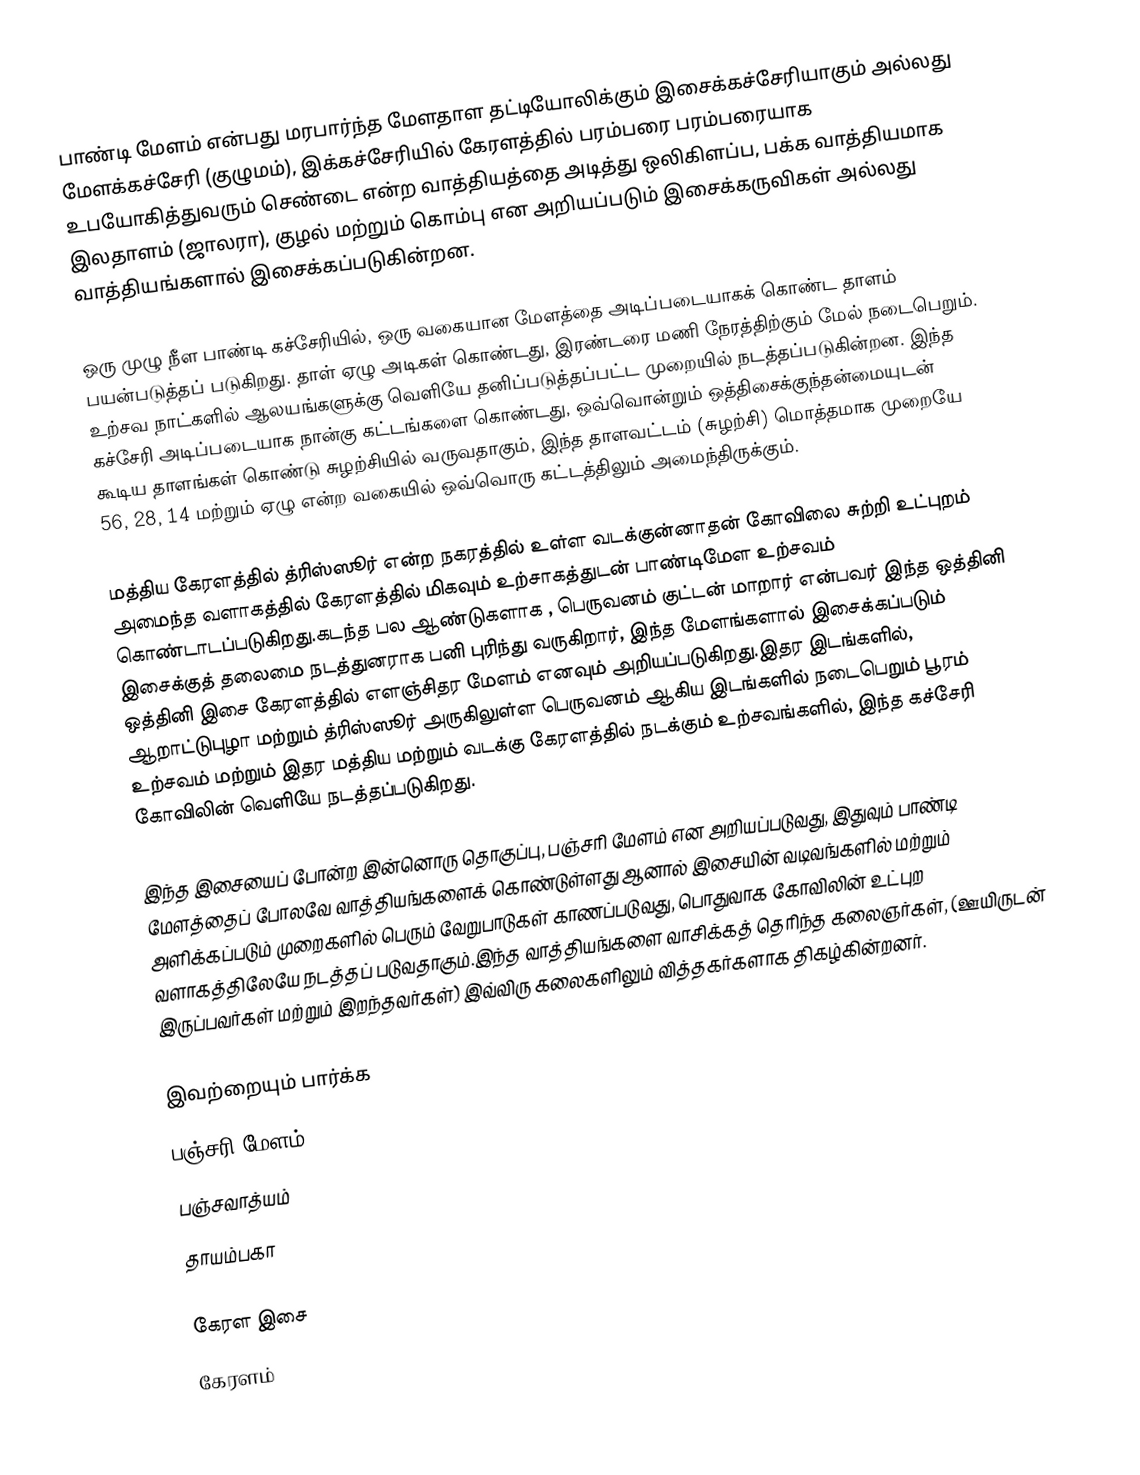
பாண்டி மேளம் என்பது மரபார்ந்த மேளதாள தட்டியோலிக்கும் இசைக்கச்சேரியாகும் அல்லது மேளக்கச்சேரி (குழுமம்), இக்கச்சேரியில் கேரளத்தில் பரம்பரை பரம்பரையாக உபயோகித்துவரும் செண்டை என்ற வாத்தியத்தை அடித்து ஒலிகிளப்ப, பக்க வாத்தியமாக இலதாளம் (ஜாலரா), குழல் மற்றும் கொம்பு என அறியப்படும் இசைக்கருவிகள் அல்லது வாத்தியங்களால் இசைக்கப்படுகின்றன.

ஒரு முழு நீள பாண்டி கச்சேரியில், ஒரு வகையான மேளத்தை அடிப்படையாகக் கொண்ட தாளம் பயன்படுத்தப் படுகிறது.  தாள் ஏழு அடிகள் கொண்டது, இரண்டரை மணி நேரத்திற்கும் மேல் நடைபெறும்.  உற்சவ நாட்களில் ஆலயங்களுக்கு வெளியே தனிப்படுத்தப்பட்ட முறையில் நடத்தப்படுகின்றன.  இந்த கச்சேரி அடிப்படையாக நான்கு கட்டங்களை கொண்டது, ஒவ்வொன்றும் ஒத்திசைக்குந்தன்மையுடன் கூடிய தாளங்கள் கொண்டு சுழற்சியில் வருவதாகும், இந்த தாளவட்டம் (சுழற்சி) மொத்தமாக முறையே 56, 28, 14 மற்றும் ஏழு என்ற வகையில் ஒவ்வொரு கட்டத்திலும் அமைந்திருக்கும்.

மத்திய கேரளத்தில் த்ரிஸ்ஸூர் என்ற நகரத்தில் உள்ள வடக்குன்னாதன் கோவிலை சுற்றி உட்புறம் அமைந்த வளாகத்தில் கேரளத்தில் மிகவும் உற்சாகத்துடன் பாண்டிமேள உற்சவம் கொண்டாடப்படுகிறது.கடந்த பல ஆண்டுகளாக , பெருவனம் குட்டன் மாறார் என்பவர் இந்த ஒத்தினி இசைக்குத் தலைமை நடத்துனராக பனி புரிந்து வருகிறார், இந்த மேளங்களால் இசைக்கப்படும் ஒத்தினி இசை கேரளத்தில் எளஞ்சிதர மேளம் எனவும் அறியப்படுகிறது.இதர இடங்களில், ஆறாட்டுபுழா மற்றும் த்ரிஸ்ஸூர் அருகிலுள்ள பெருவனம் ஆகிய இடங்களில் நடைபெறும் பூரம் உற்சவம் மற்றும் இதர மத்திய மற்றும் வடக்கு கேரளத்தில் நடக்கும் உற்சவங்களில், இந்த கச்சேரி கோவிலின் வெளியே நடத்தப்படுகிறது.

இந்த இசையைப் போன்ற இன்னொரு தொகுப்பு, பஞ்சரி மேளம் என அறியப்படுவது, இதுவும் பாண்டி மேளத்தைப் போலவே வாத்தியங்களைக் கொண்டுள்ளது ஆனால் இசையின் வடிவங்களில் மற்றும் அளிக்கப்படும் முறைகளில் பெரும் வேறுபாடுகள் காணப்படுவது, பொதுவாக கோவிலின் உட்புற வளாகத்திலேயே நடத்தப் படுவதாகும்.இந்த வாத்தியங்களை வாசிக்கத் தெரிந்த கலைஞர்கள், (ஊயிருடன் இருப்பவர்கள் மற்றும் இறந்தவர்கள்) இவ்விரு கலைகளிலும் வித்தகர்களாக திகழ்கின்றனர்.

இவற்றையும் பார்க்க
 பஞ்சரி மேளம்
 பஞ்சவாத்யம்
 தாயம்பகா

கேரள இசை
கேரளம்